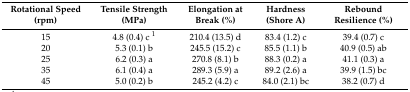
<table><thead><tr><td><b>Rotational Speed (rpm)</b></td><td><b>Tensile Strength (MPa)</b></td><td><b>Elongation at Break (%)</b></td><td><b>Hardness (Shore A)</b></td><td><b>Rebound Resilience (%)</b></td></tr></thead><tbody><tr><td>15</td><td>4.8 (0.4) c <sup>1</sup></td><td>210.4 (13.5) d</td><td>83.4 (1.2) c</td><td>39.4 (0.7) c</td></tr><tr><td>20</td><td>5.3 (0.1) b</td><td>245.5 (15.2) c</td><td>85.5 (1.1) b</td><td>40.9 (0.5) ab</td></tr><tr><td>25</td><td>6.2 (0.3) a</td><td>270.8 (8.1) b</td><td>88.3 (0.2) a</td><td>41.1 (0.3) a</td></tr><tr><td>35</td><td>6.1 (0.4) a</td><td>289.3 (5.9) a</td><td>89.2 (2.6) a</td><td>39.9 (1.5) bc</td></tr><tr><td>45</td><td>5.0 (0.2) b</td><td>245.2 (4.2) c</td><td>84.0 (2.1) bc</td><td>38.2 (0.7) d</td></tr></tbody></table>